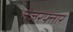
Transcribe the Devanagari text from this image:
तेजरफ्तार